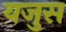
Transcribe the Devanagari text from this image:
यजुस